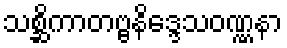
သစ္ဆိကာတဗ္ဗနိဒ္ဒေသဝဏ္ဏနာ